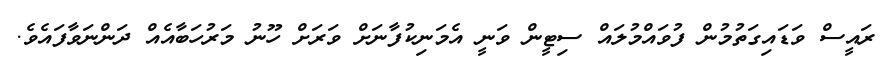
ރައީސް ވަޑައިގަތުމުން ފުވައްމުލައް ސިޓީން ވަނީ އެމަނިކުފާނަށް ވަރަށް ހޫނު މަރުހަބާއެއް ދަންނަވާފައެވެ.